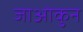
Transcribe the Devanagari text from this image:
जाओकुन